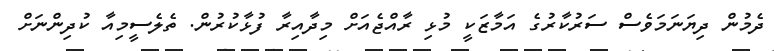
ދެމުން ދިޔަނަމަވެސް ސަރުކާރުގެ އަމާޒަކީ މުޅި ރާއްޖެއަށް މިދާއިރާ ފުޅާކުރުން. ތެލެސީމިއާ ކުދިންނަށް